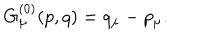
G _ { \mu } ^ { ( 0 ) } ( p , q ) = q _ { \mu } - p _ { \mu } .